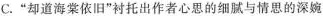
C.”却道海棠依旧”衬托出作者心思的细腻与情思的深婉